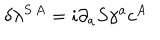
\delta \lambda ^ { S \, A } = i \partial _ { a } S \gamma ^ { a } c ^ { A }